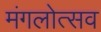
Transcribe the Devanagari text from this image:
मंगलोत्सव